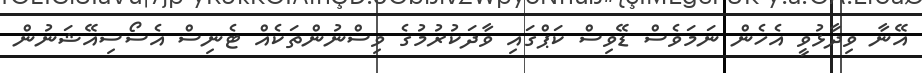
އޭނާ ވިދާޅުވީ އެހެން ނަމަވެސް ޑޭވިސް ކަޕްގައި ވާދަކުރުމުގެ ވިސްނުންތަކެއް ޓެނިސް އެސޯސިއޭޝަނުން